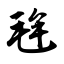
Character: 毪